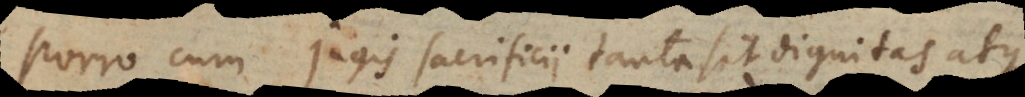
Porro cum jugis sacrificii tanta sit dignitas atque